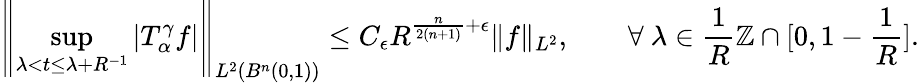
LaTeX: \left\| \operatorname*{sup}_{\lambda<t\leq\lambda+R^{-1}}|T_{\alpha}^{\gamma}f|\right\| _{L^{2}(B^{n}(0,1))}\leq C_{\epsilon}R^{\frac{n}{2(n+1)}+\epsilon}\| f\| _{L^{2}},\quad\quad\forall~\lambda\in\frac{1}{R}\mathbb{Z}\cap[0,1-\frac{1}{R}].